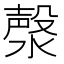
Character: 漀